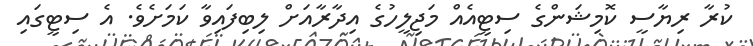
ކުރާ ރިޔާސީ ކޮމިޝަންގެ ސިޓީއެއް މަޖިލީހުގެ އިދާރާއަށް ލިބިފައިވާ ކަމަށެވެ. އެ ސިޓީގައި